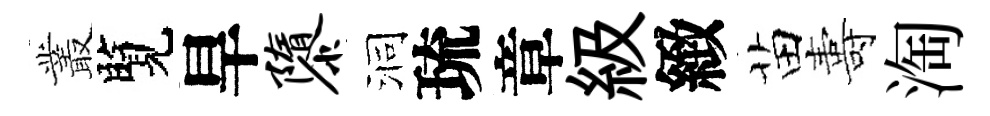
叢覽旱隳洞琉章級緻苗夀淘